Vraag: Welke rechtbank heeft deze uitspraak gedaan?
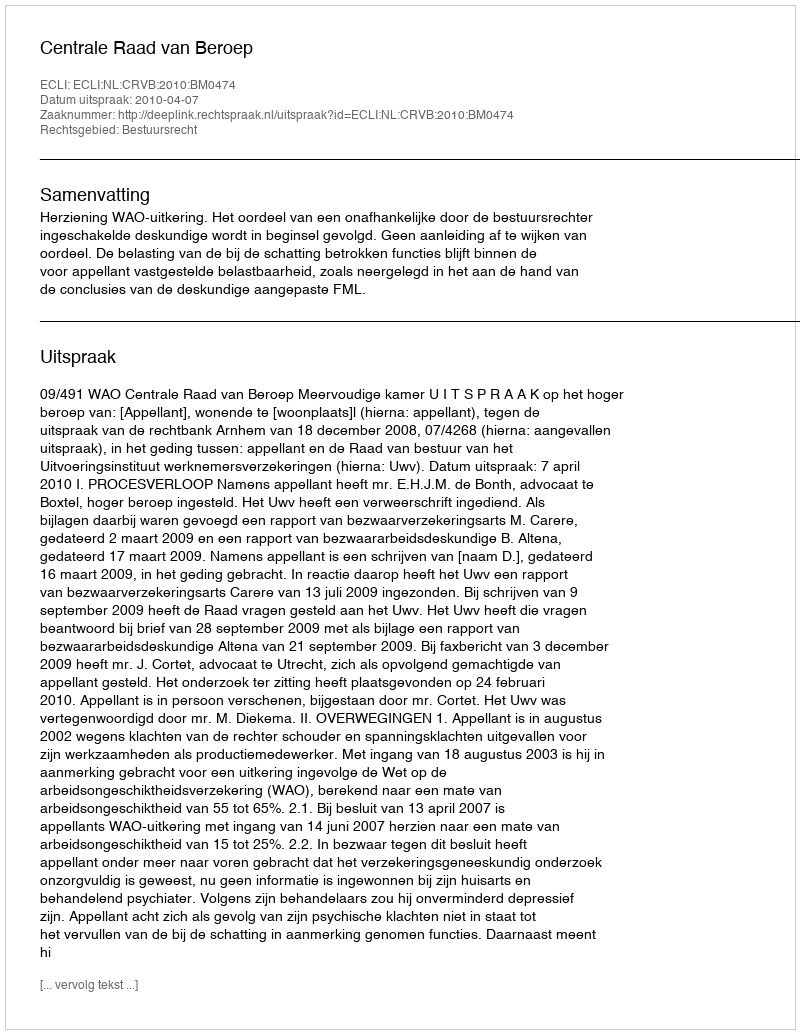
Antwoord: Centrale Raad van Beroep